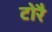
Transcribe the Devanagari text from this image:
टोरै